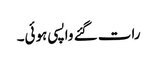
رات گئے واپسی ہوئی۔